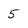
Character: 5